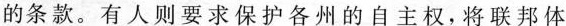
的条款。有人则要求保护各州的自主权，将联邦体